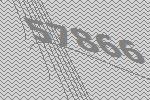
57866